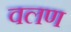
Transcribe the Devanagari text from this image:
वलण